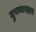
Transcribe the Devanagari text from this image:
दुषव्यवहार